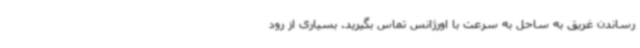
رساندن غریق به ساحل به سرعت با اورژانس تماس بگیرید. بسیاری از رود